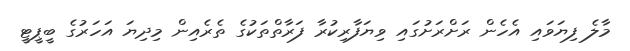
މާލެ ފިޔަވައި އެހެން ރަށްރަށުގައި ވިޔަފާރިކުރާ ފަރާތްތަކުގެ ތެރެއިން މިދިޔަ އަހަރުގެ ބީޕީޓީ